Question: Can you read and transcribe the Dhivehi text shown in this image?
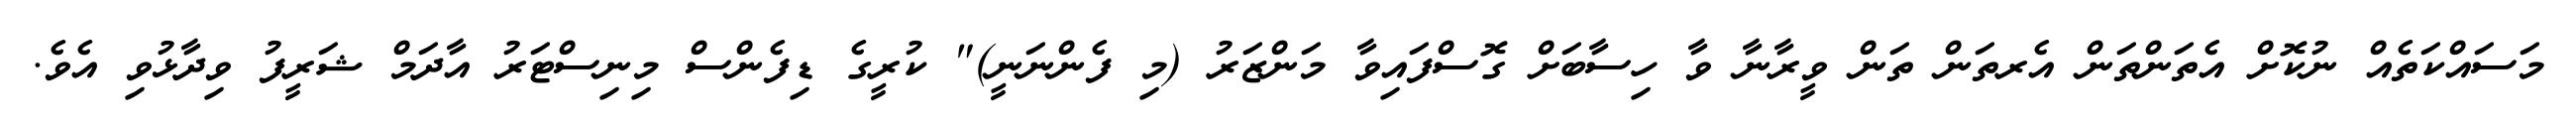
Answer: މަސައްކަތެއް ނުކޮށް އެތަންތަން އެރތަން ތަން ވީރާނާ ވާ ހިސާބަށް ގޮސްފައިވާ މަންޒަރު (މި ފެންނަނީ)" ކުރީގެ ޑިފެންސް މިނިސްޓަރު އާދަމް ޝަރީފު ވިދާޅުވި އެވެ.